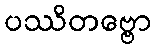
ပဿိတဗ္ဗော